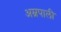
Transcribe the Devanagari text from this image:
अम्रपाली